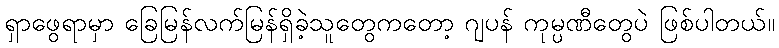
ရှာဖွေရာမှာ ခြေမြန်လက်မြန်ရှိခဲ့သူတွေကတော့ ဂျပန် ကုမ္ပဏီတွေပဲ ဖြစ်ပါတယ်။